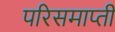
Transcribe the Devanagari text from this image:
परिसमाप्ती